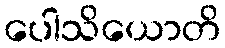
ပေါသိယောတိ